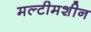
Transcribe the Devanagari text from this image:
मल्टीमशीन